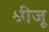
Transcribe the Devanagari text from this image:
श्रीजू